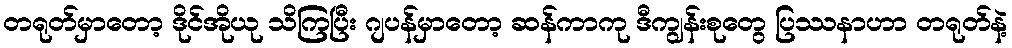
တရုတ်မှာတော့ ဒိုင်အိုယု သိကြပြီး ဂျပန်မှာတော့ ဆန်ကာကု ဒီကျွန်းစုတွေ ပြဿနာဟာ တရုတ်နဲ့